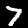
Digit: 7